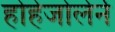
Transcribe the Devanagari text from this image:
होहेजोलेर्न